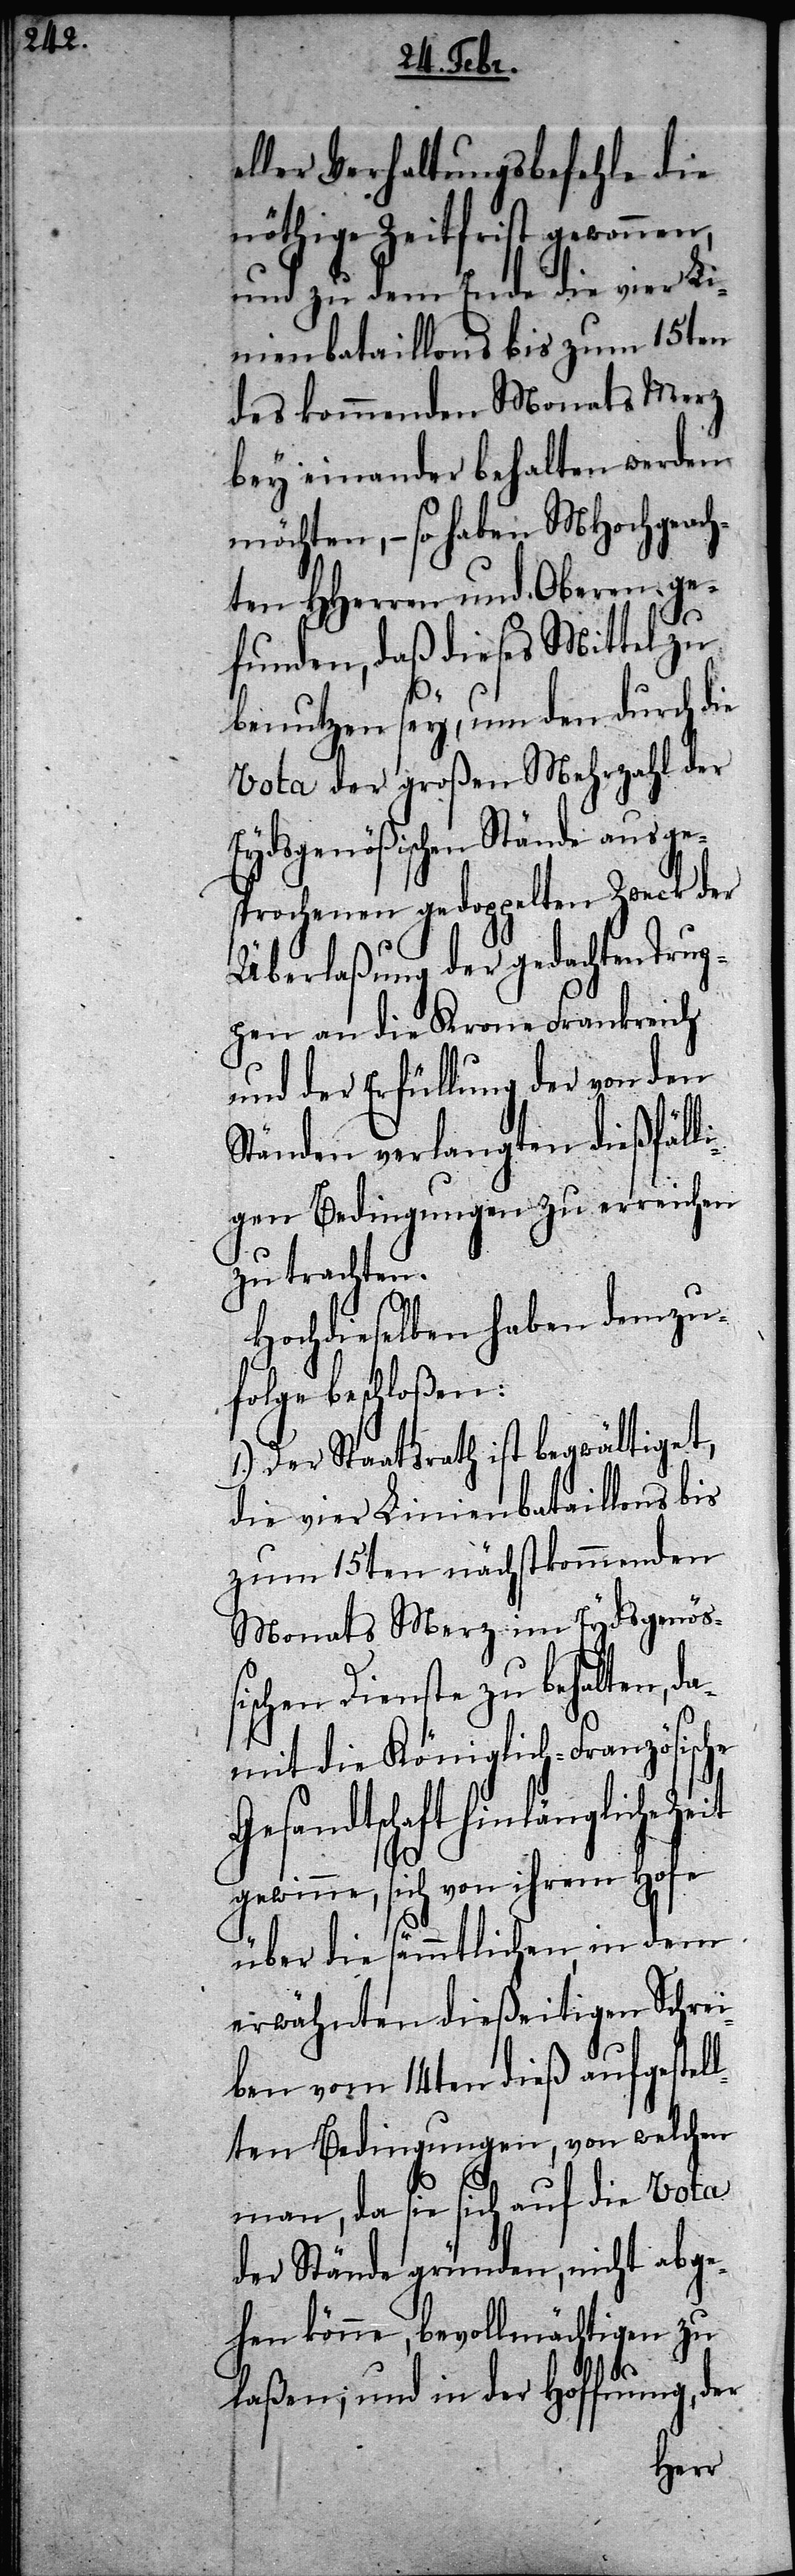
eller Verhaltungsbefehle die
nöthige Zeitfrist gewonnen,
und zu dem Ende die vier L¬
inienbataillons bis zum 15ten
des kommenden Monats Merz
bey einander behalten werden
möchten, – so haben MHochgeach¬
ten HHerren und Oberen ge¬
funden, daß dieses Mittel zu
benutzen sey, um den durch die
Vota der großen Mehrzahl der
Eydsgenößischen Stände ausge¬
sprochenen gedoppelten Zweck der
Überlaßung der gedachten Trup¬
pen an die Krone Frankreich
und der Erfüllung der von den
Ständen verlangten dießfälli¬
gen Bedingungen zu erreichen
zu trachten.
Hochdieselben haben demzu¬
folge beschloßen:
1.) Der Staatsrath ist begwältigt,
die vier Linienbataillons bis
zum 15ten nächstkommenden
Monats Merz im Eydsgenößi¬
schen Dienste zu behalten, d¬
amit die Königlich-Französische
Gesandtschaft hinlängliche
Zeit
gewinne, sich von ihrem Hofe
über die sämmtlichen, in dem
erwähnten dießeitigen Schrei¬
ben vom 14ten dieß aufgestel¬
lten Bedingungen, von welchen
man, da sie sich auf die Vota
der Stände gründen, nicht abge¬
hen könne, bevollmächtigen zu
laßen, und in der Hoffnung, der